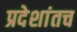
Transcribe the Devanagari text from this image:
प्रदेशांतच